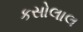
કસોલાલ